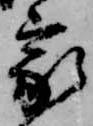
家